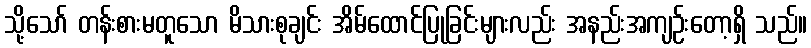
သို့သော် တန်းစားမတူသော မိသားစုချင်း အိမ်ထောင်ပြုခြင်းများလည်း အနည်းအကျဉ်းတော့ရှိ သည်။